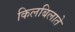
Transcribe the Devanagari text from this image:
किलबिलाते